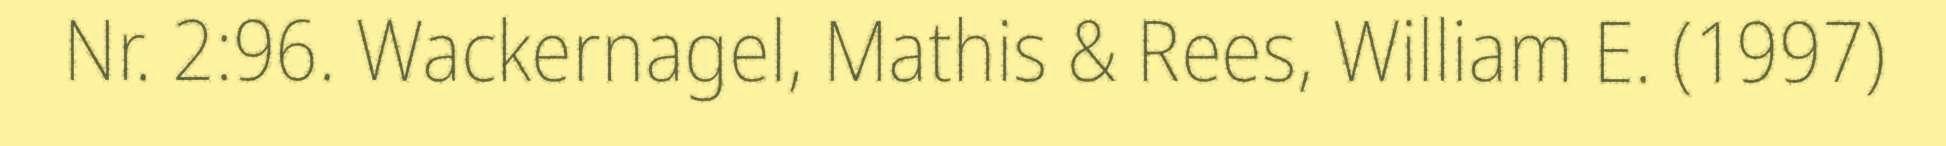
Nr. 2:96. Wackernagel, Mathis & Rees, William E. (1997)